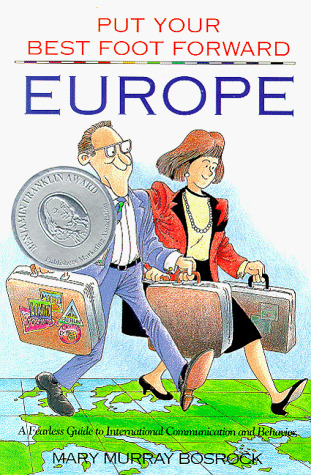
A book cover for Europe: A Fearless Guide to International Communication and Behavior (Put Your Best Foot Foward, Vol. 1); Mary Murray Bosrock; Travel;